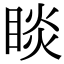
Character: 睒